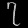
Digit: ၇